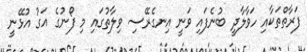
ފަރާތްތަކާއި ހަވާލާދީ ބުނެފައި ވަނީ އިނގެރޭސި ވިލާތުގައި މި ފޯނުގެ އަގު އުޅޭނީ